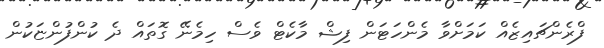
ފްރެންޗައިޒެއް ކަމަށްވާ މެންހަޓަން ފިޝް މާކެޓް ވެސް ހިމެނޭ ގޮތައް ދެ ކުންފުންޏަކުން